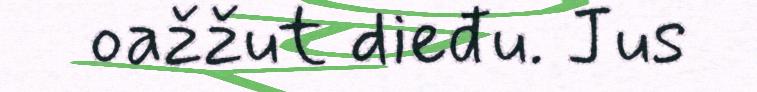
oažžut dieđu. Jus